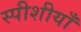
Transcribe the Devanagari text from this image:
स्पीशीयाँ